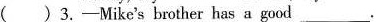
( )3.——Mike's brother has a good ___ .